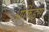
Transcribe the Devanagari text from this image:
ओर्किड्स